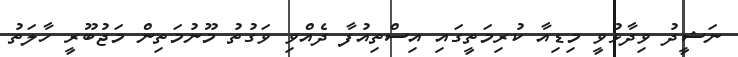
ނަޝީދު ވިދާޅުވީ މިޑިއާ ކުރިމަތީގައި އިސްތިއުފާ ދެއްވި ވަގުތު މޫނުމަތިން މަޖުބޫރީ ހާލަތު